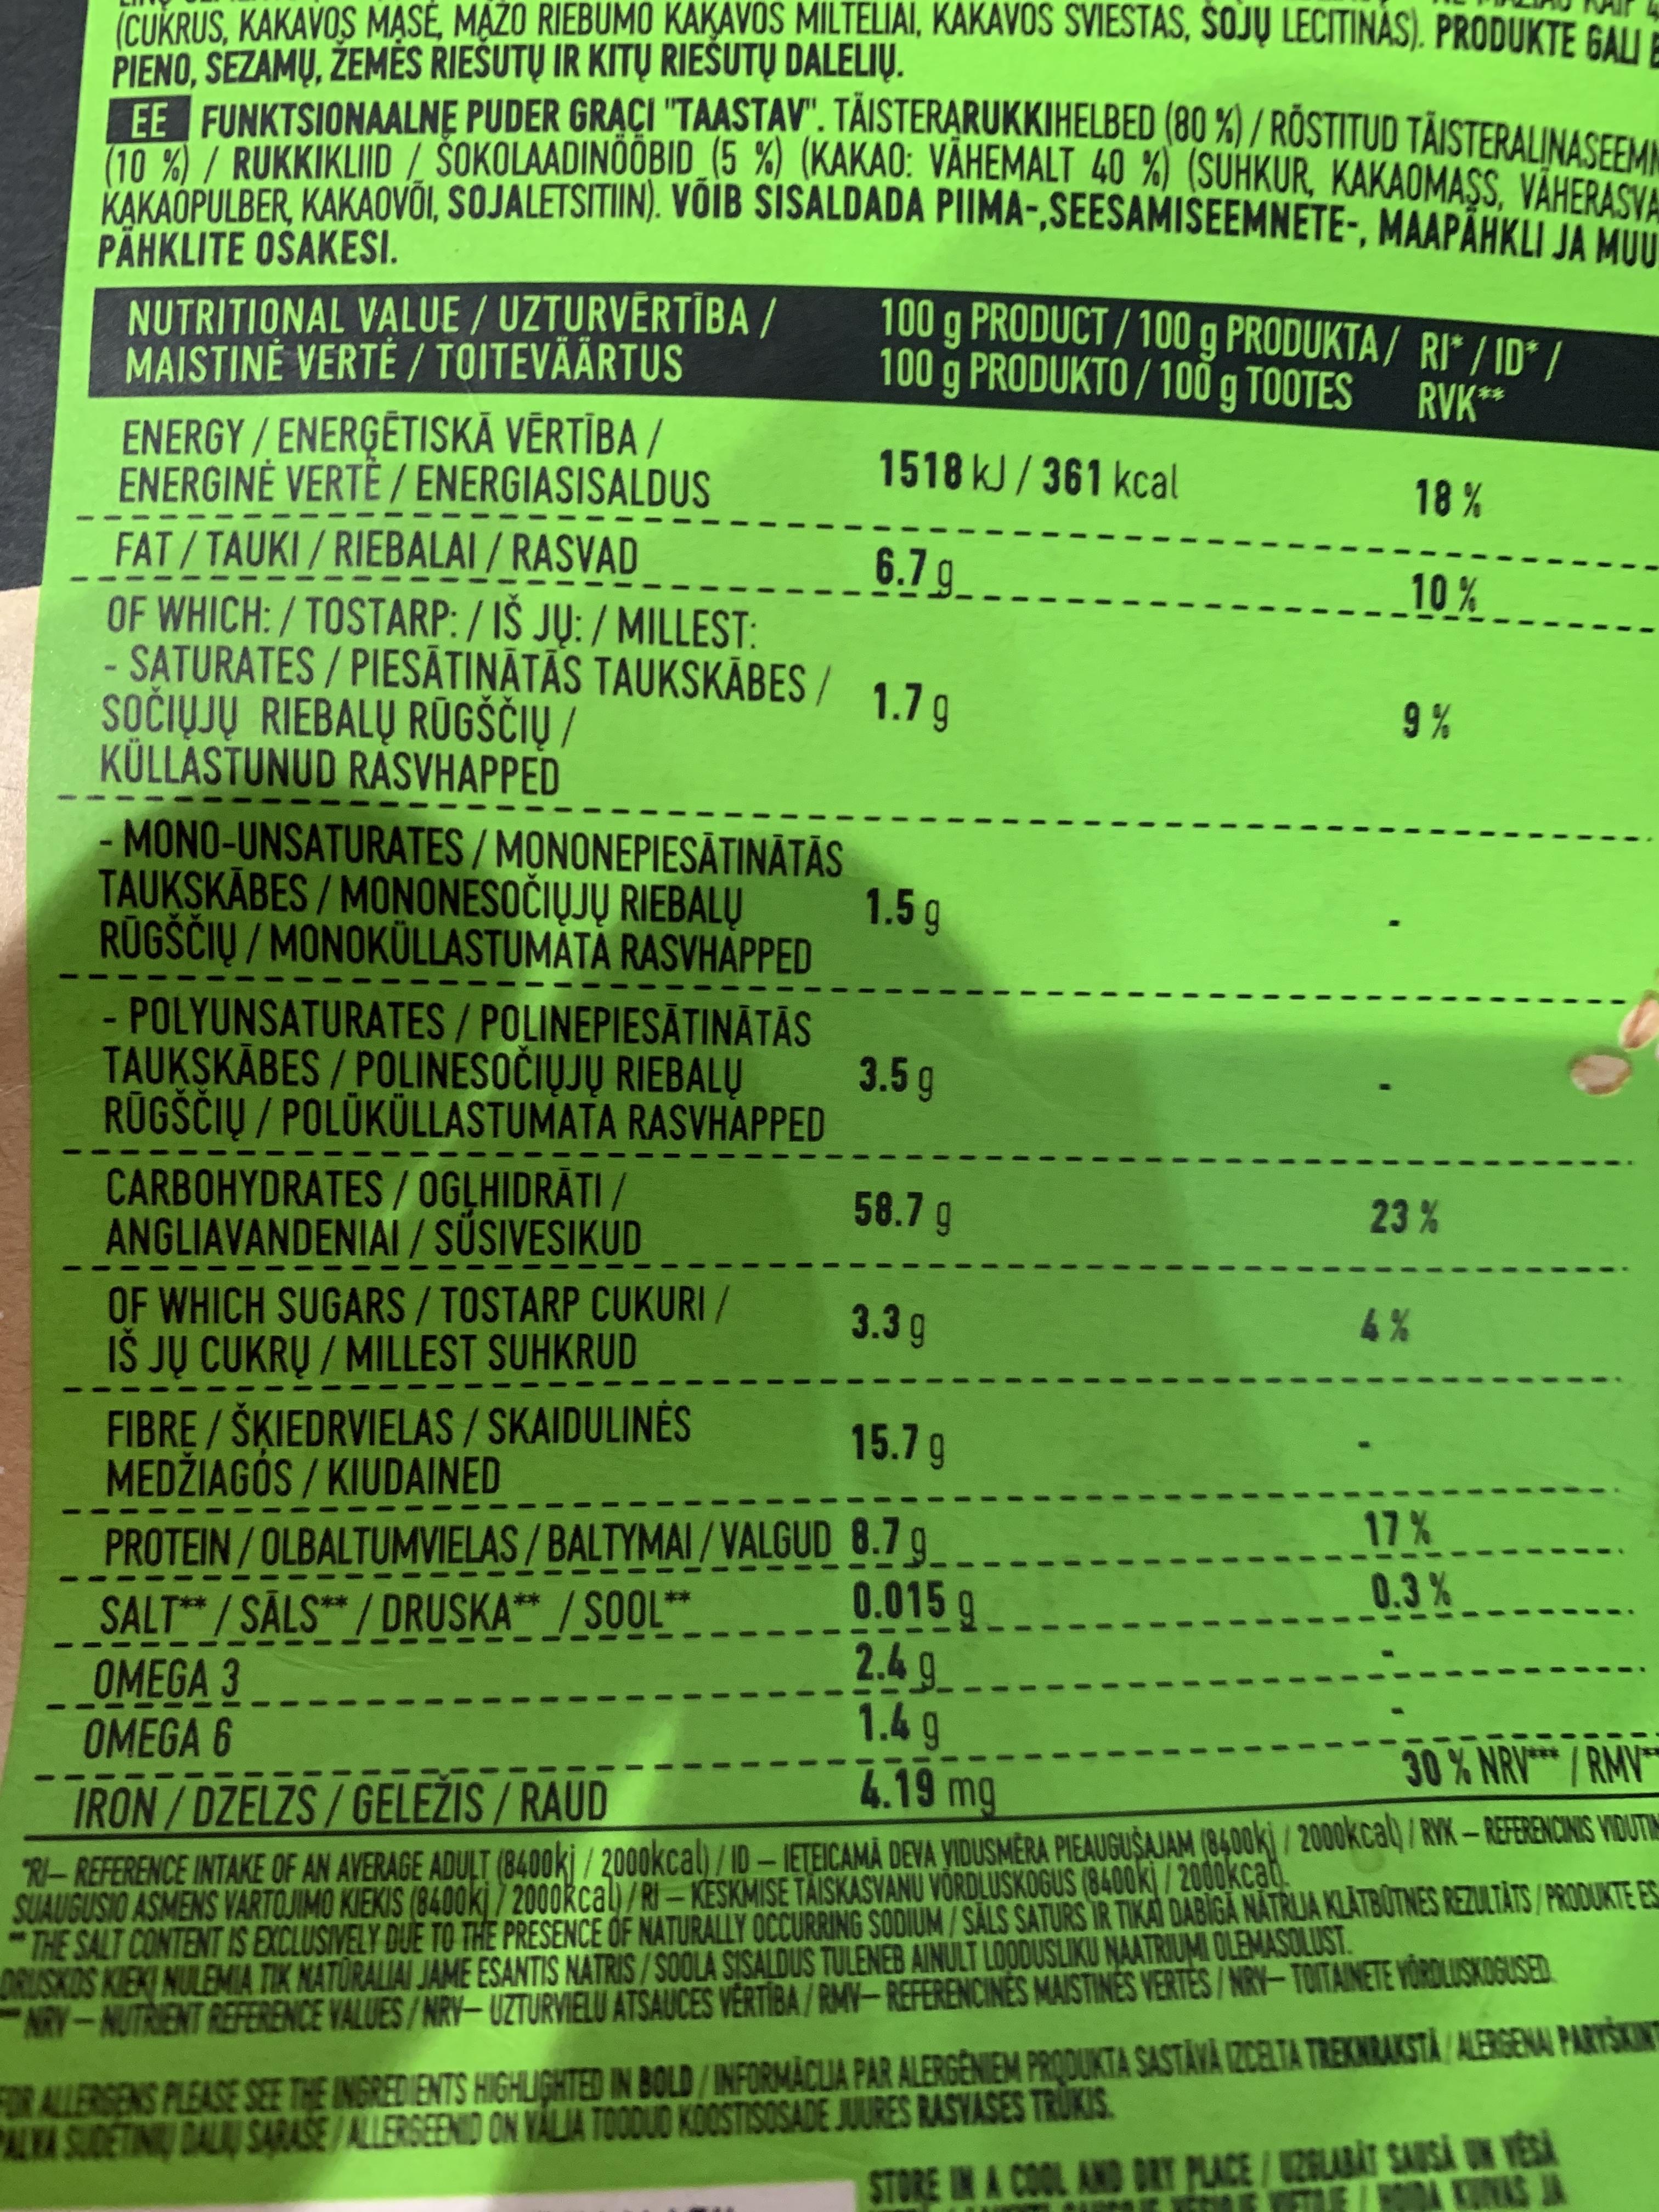
CUKRUS, KAKAVOS MĄSÉ, MAŽO RIEBUMO KAKAVOS MILTELIAI, KAKAVOS SVIESTĀS, SOJŲ LECITINAS). PRODUKTE GALLE PIENO, SEZAMŲ, ŽEMÉS RIEŠUTŲ IR KITŲ RIEŠUTŲ DALELIŲ. FE FUNKTSIONAALNĘ PUDER GRĄÇI "TAASTAV". TAISTERARUKKIHELBED (80 %) / RÖSTITUD TÄISTERAI INASEEM 10 %/ RUKKIKLIID / ŠOKOLAADINOOBID_(5 %) (KAKAO: VAHEMALT 40 %) (SUHKUR, KAKAOMASS VÄHERASYA KAKAOPULBER, KAKAOVŐI, SOJALETSITIIN). VOIB SISALDADA PIIMA-,SEESAMISEEMNETE-, MAAPÄHKLI JA MUI PÄHKLITE OSAKESI. 100 g PRODUCT/ 100 g PRODUKTA / RI* / ID* / 100 g PRODUKTO / 100 g TOOTES NUTRITIONAL VALUE / UZTURVĒRTĪBA / MAISTINĖ VERTĖ / TOITEVÄÄRTUS RVK* ENERGY / ENERĢĒTISKĀ VĒRTĪBA / ENERGINĖ VERTE / ENERGIASISALDUS 1518 kJ/361 kcal 18 % FAT/TAUKI/ RIEBALAI / RASVAD 6.7g 10 % OF WHICH:/TOSTARP: / IŠ JŲ: / MILLEST: - SATURATES / PIESĀTIŅĀTĀS TAUKSKÁBES / SOČIŲJŲ RIEBALŲ RŪGŠČIŲ / KÜLLASTUNUD RASVHAPPED 1.7a 9 % - MONO-UNSATURATES / MONONEPIESĂTINĀTĀS TAUKSKÄBES / MONONESOČIŲJŲ RIEBALŲ 1.5g RÜGŠČIŲ / MONOKÜLLASTUMÁTÁ RASVHÁPPED - POLYUNSATURATES/POLINEPIESĀTINĀTĀS TAUKSKÄBES / POLINESOČIŲJŲ RIEBALŲ 3.5g RŪGŠČIŲ / POLŪKÜLLASTUMATA RASVHAPPED CARBOHYDRATES/OGĻHIDRĀTI / ANGLIAVANDENIAI / SÜSIVESIKUD 58.7 g 23% OF WHICH SUGARS/ TOSTARP CUKURI/ IŠ JŲ CUKRŲ / MILLEST SUHKRUD 3.3g 4% FIBRE/ ŠKIEDRVIELAS/SKAIDULINĖS MEDŽIAGÓS / KIUDAINED 15.7g 17% PROTEIN/OLBALTUMVIELAS / BALTYMAI /VALGUD 8.7 g 0.015 g - 2.4 g. 1.4 g 4.19 mg 0.3% SALT /SÄLS* / DRUSKA** /SOOL** OMEGA 3 OMEGA 6 30 % NRV** /RMV IRON/DZELZS/GELEŽIS / RAUD R-REFERENCE INTAKE OF AN AVERAGE ADULT (840okj / 2000kcal) / ID –IETEICAMĂ DEVA YIDUSMĒRA PIEAUGUŠAJAM (8400k) / 200okcal) / RYK – REFERENCINIS VIDUTIN SUAUGUSIO ASMENS VARTOJIMO KIEKIS (8400kj / 2000kcal) /RI – KESKMISE TÄISKASVANU VÕRDLUSKOGUS (8400k / 200okcati. THE SALT CONTENT IS EXCLUSIVELY DUE TO THE PRESENCE OF NATURALLY OCCURRING SODIUM/SALS SATURS IR TIKAT DABĪGĀ NATRLJA KLĀTBŪTNES REZULTÄTS / PRODUKTE ES ORIUSKOS KIEK NULEMIA TIK NATŪRALIAI JAME ESANTIS NATRIS/SOOLA SISALDUS TULENEB AINULT LOODUSLIKU NAATRIUMI OLEMASOLUST. NRY-NUTRIENT REFERENCE VALUES/NRV-UZTURVIELU ATSAUCES VĒRTĪBA/RMY-REFERENCINES MAISTINĖS VERTĖS / NRY- TOITAINETE YORDLUSKOGUSED FOR ALLERGENS PLEASE SEE THE INGREDIENTS HIGHLIGHTED IN BOLD / INFORMÅCLIA PAR ALERGÊNIEM PRODUKTA SASTAVA IZCELTA TREKNRAKSTA/ ALERGENAI PARYŠKINT PALYA SUDETINIU DALIU SARASE/ALLERSEENID ON VALIA TOODUD KOOSTISOSADE JUURES RASVASES TRUKIS. STORE IN A COOL AND DRY PLACE/UZBLABAT SAUSĂ UN VESA EODA KUNAS JA